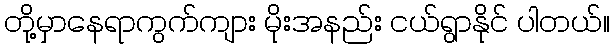
တို့မှာနေရာကွက်ကျား မိုးအနည်း ငယ်ရွာနိုင် ပါတယ်။